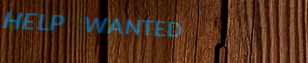
HELP WANTED